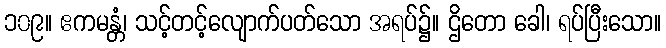
၁၀၉။ ဧကမန္တံ၊ သင့်တင့်လျောက်ပတ်သော အရပ်၌။ ဌိတော ခေါ၊ ရပ်ပြီးသော။